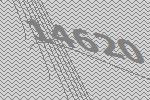
14620